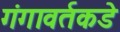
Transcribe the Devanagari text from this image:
गंगावर्तकडे